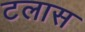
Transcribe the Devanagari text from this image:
टलास